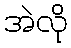
အဲလို